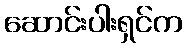
ဆောင်းပါးရှင်က